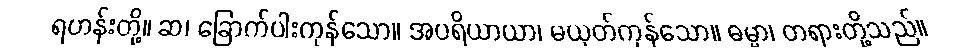
ရဟန်းတို့။ ဆ၊ ခြောက်ပါးကုန်သော။ အပရိယာယာ၊ မယုတ်ကုန်သော။ ဓမ္မာ၊ တရားတို့သည်။